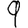
Digit: 9